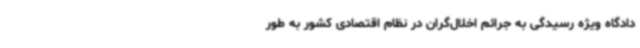
دادگاه ویژه رسیدگی به جرائم اخلال‌گران در نظام اقتصادی کشور به طور